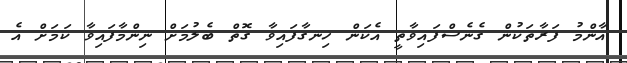
އާންމު ފަރާތަކުން ގެނެސްފައިވާތީ އެކަން ހިނގާފައިވާ ގޮތް ބެލުމަށް ނިންމާފައިވާ ކަމަށް އެ